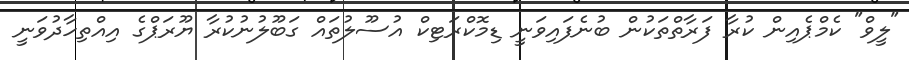
"ލީވް" ކެމްޕެއިން ކުރާ ފަރާތްތަކުން ބުނެފައިވަނީ ޑިމޮކްރަޓިކް އުސޫލުތައް ގަބޫލުނުކުރާ ޔޫރަޕްގެ އިއްތިހާދުވަނީ